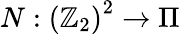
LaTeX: N:\left(\mathbb{Z}_{2}\right)^{2}\rightarrow\Pi